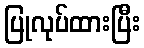
ပြုလုပ်ထားပြီး